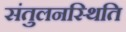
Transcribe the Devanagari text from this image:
संतुलनस्थिति